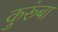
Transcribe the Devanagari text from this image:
कुरूंबा